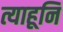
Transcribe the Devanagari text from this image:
त्याहूनि